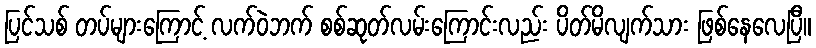
ပြင်သစ် တပ်များကြောင့် လက်ဝဲဘက် စစ်ဆုတ်လမ်းကြောင်းလည်း ပိတ်မိလျက်သား ဖြစ်နေလေပြီ။